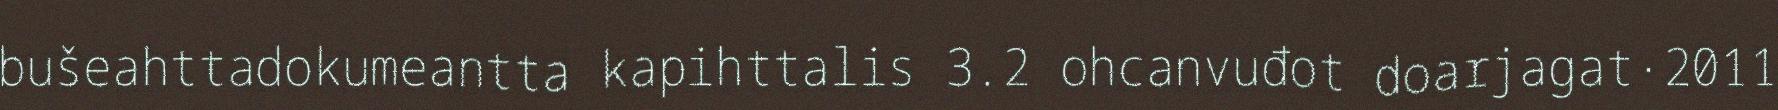
bušeahttadokumeantta kapihttalis 3.2 ohcanvuđot doarjagat·2011